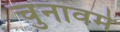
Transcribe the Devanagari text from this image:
चुनावमे